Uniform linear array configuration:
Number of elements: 12
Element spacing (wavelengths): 0.25
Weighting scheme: blackman
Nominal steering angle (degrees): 60
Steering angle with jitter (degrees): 60.951
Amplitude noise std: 0.05
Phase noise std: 0.05

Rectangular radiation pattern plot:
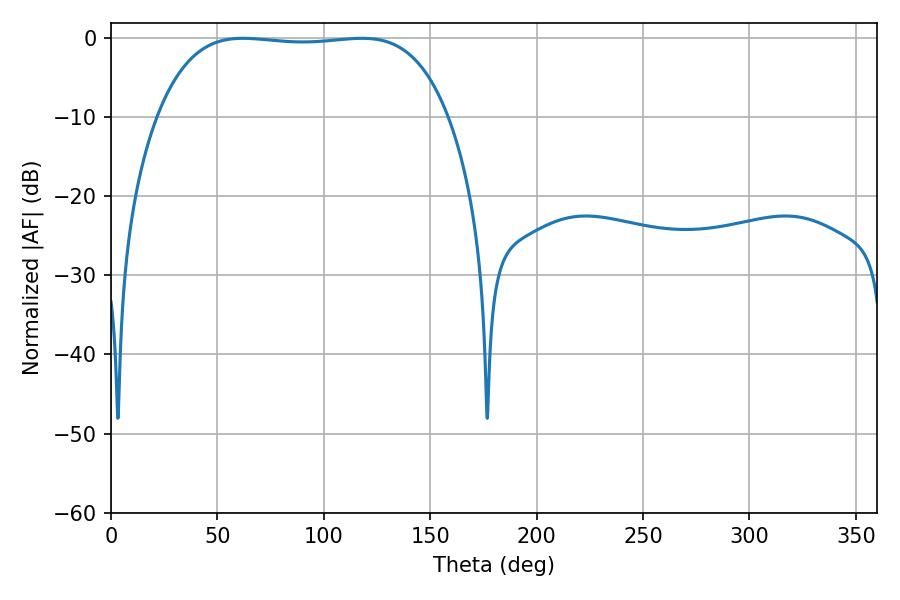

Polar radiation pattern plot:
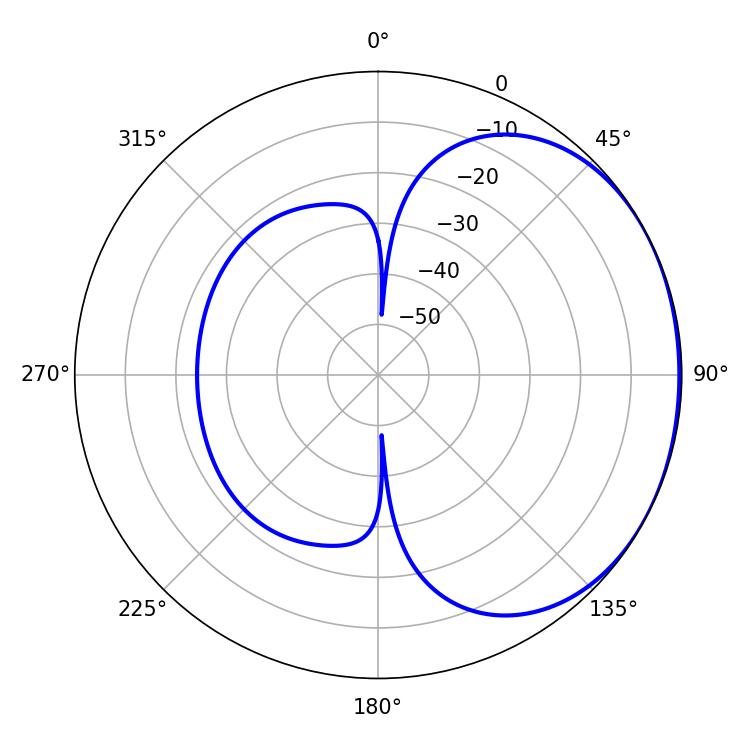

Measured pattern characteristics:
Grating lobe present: FALSE
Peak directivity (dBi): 1.161
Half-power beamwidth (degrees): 107.64
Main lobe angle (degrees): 62.1